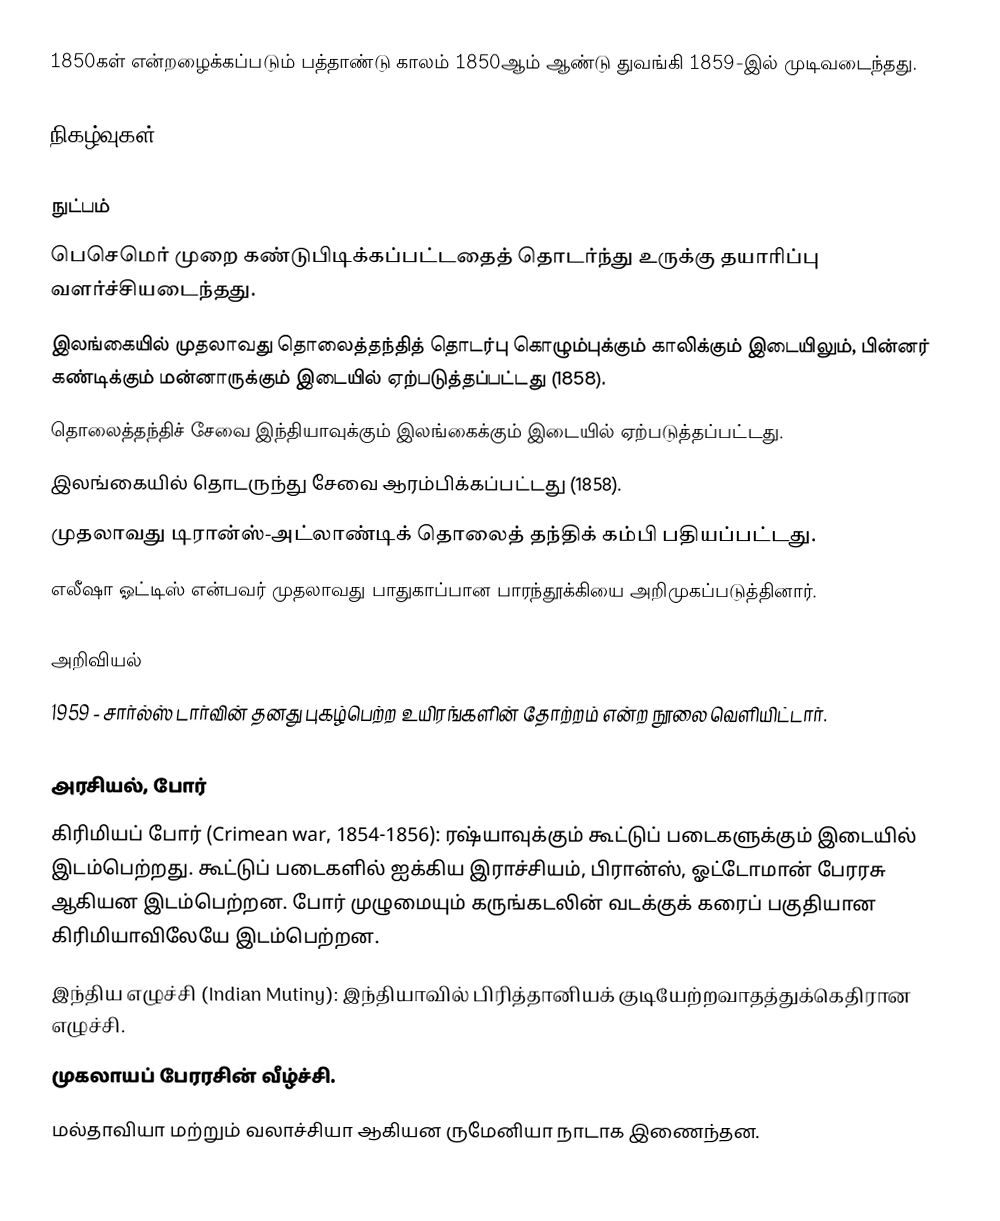
1850கள் என்றழைக்கப்படும் பத்தாண்டு காலம் 1850ஆம் ஆண்டு துவங்கி 1859-இல் முடிவடைந்தது.

நிகழ்வுகள்

நுட்பம்
 பெசெமெர் முறை கண்டுபிடிக்கப்பட்டதைத் தொடர்ந்து உருக்கு தயாரிப்பு வளர்ச்சியடைந்தது.
 இலங்கையில் முதலாவது தொலைத்தந்தித் தொடர்பு கொழும்புக்கும் காலிக்கும் இடையிலும், பின்னர் கண்டிக்கும் மன்னாருக்கும் இடையில் ஏற்படுத்தப்பட்டது (1858).
 தொலைத்தந்திச் சேவை இந்தியாவுக்கும் இலங்கைக்கும் இடையில் ஏற்படுத்தப்பட்டது.
 இலங்கையில் தொடருந்து சேவை ஆரம்பிக்கப்பட்டது (1858).
 முதலாவது டிரான்ஸ்-அட்லாண்டிக் தொலைத் தந்திக் கம்பி பதியப்பட்டது.
 எலீஷா ஓட்டிஸ் என்பவர் முதலாவது பாதுகாப்பான பாரந்தூக்கியை அறிமுகப்படுத்தினார்.

அறிவியல்
 1959 - சார்ல்ஸ் டார்வின் தனது புகழ்பெற்ற உயிரங்களின் தோற்றம் என்ற நூலை வெளியிட்டார்.

அரசியல், போர்
 கிரிமியப் போர் (Crimean war, 1854-1856): ரஷ்யாவுக்கும் கூட்டுப் படைகளுக்கும் இடையில் இடம்பெற்றது. கூட்டுப் படைகளில் ஐக்கிய இராச்சியம், பிரான்ஸ், ஓட்டோமான் பேரரசு ஆகியன இடம்பெற்றன. போர் முழுமையும் கருங்கடலின் வடக்குக் கரைப் பகுதியான கிரிமியாவிலேயே இடம்பெற்றன.
 இந்திய எழுச்சி (Indian Mutiny): இந்தியாவில் பிரித்தானியக் குடியேற்றவாதத்துக்கெதிரான எழுச்சி.
 முகலாயப் பேரரசின் வீழ்ச்சி.
 மல்தாவியா மற்றும் வலாச்சியா ஆகியன ருமேனியா நாடாக இணைந்தன.